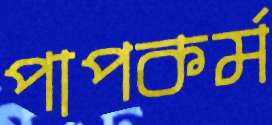
পাপকর্ম